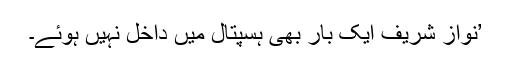
’نواز شریف ایک بار بھی ہسپتال میں داخل نہیں ہوئے۔